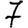
Digit: 7